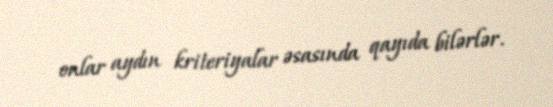
onlar aydın kriteriyalar əsasında qayıda bilərlər.